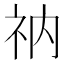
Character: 𫀃